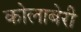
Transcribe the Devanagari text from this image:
कोलाबेरी